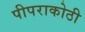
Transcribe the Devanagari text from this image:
पीपराकोठी